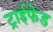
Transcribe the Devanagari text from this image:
ट्राईफेड